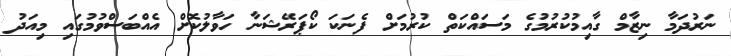
ނަރުދަމާ ނިޒާމް ގާއިމުކުރުމުގެ މަސައްކަތް ކުރުމަށް ފެނަކަ ކޯޕަރޭޝަނާ ހަވާލުކޮށް އެއްބަސްވުމުގައި މިއަދު